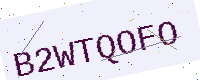
Text: B2WTQOFO